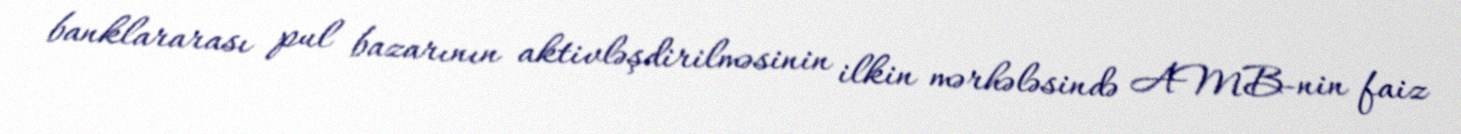
banklararası pul bazarının aktivləşdirilməsinin ilkin mərhələsində AMB-nin faiz